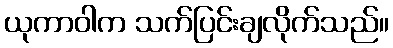
ယုကာဝါက သက်ပြင်းချလိုက်သည်။